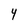
Character: Y